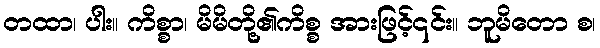
တထာ၊ ပါး။ ကိစ္စာ၊ မိမိတို့၏ကိစ္စ အားဖြင့်၎င်း။ ဘူမိတော စ၊